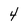
Character: 4